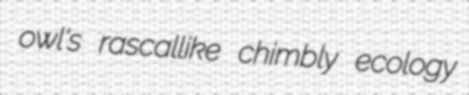
owl's rascallike chimbly ecology